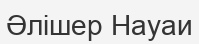
Әлішер Науаи